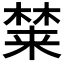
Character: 𰘚